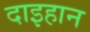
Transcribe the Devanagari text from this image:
दाइहान